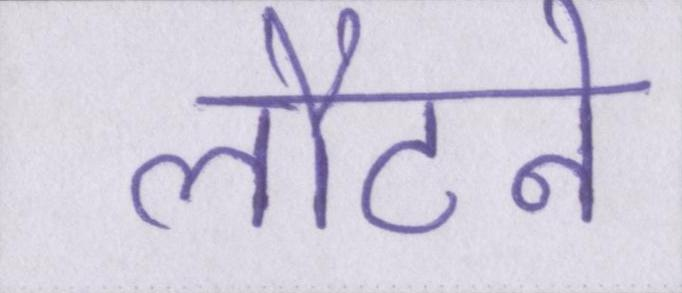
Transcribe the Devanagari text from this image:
लौटने